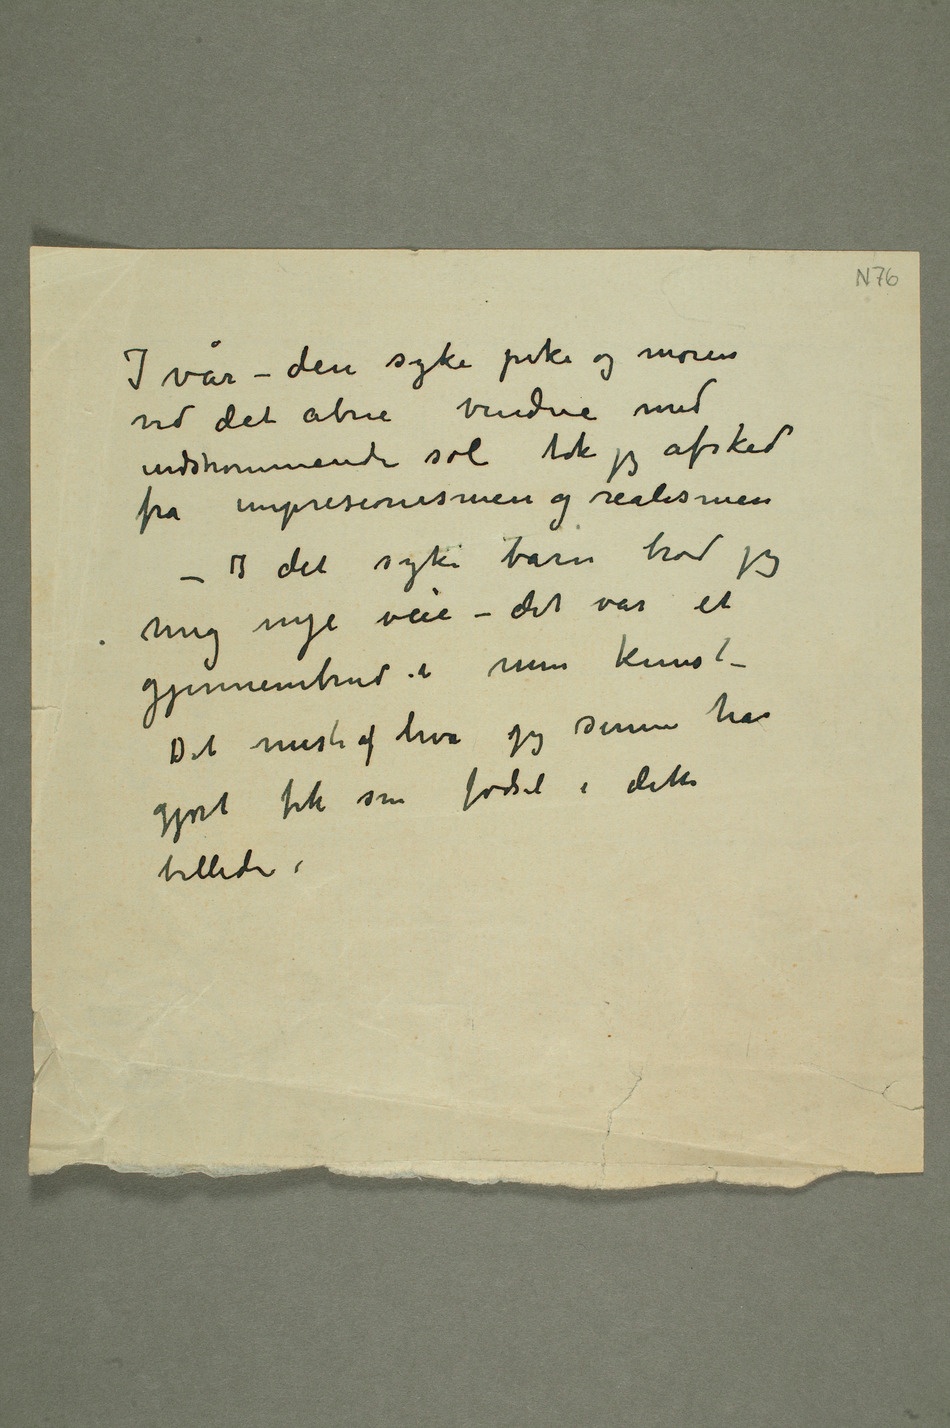
I vår – den syke pike og moren
ved det åbne vindue med
indstrømmende sol tok jeg afsked
fra impresionismen og realismen.
I det syke barn brød jeg
mig nye veie – det var et
gjennembrud i min kunst –
Det meste af hva jeg senere har
gjort fik sin fødsel i dette
billede.